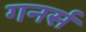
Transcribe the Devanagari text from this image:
गनर्स